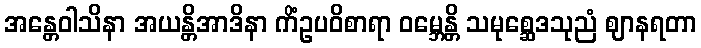
အန္တေဝါသိနာ အယန္တိအာဒိနာ ကိံဥပဝိစာရာ ဝမ္ဘေန္တိ သမုစ္ဆေဒသုညံ ဈာနရတာ